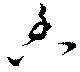
皃